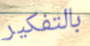
بالتفكير